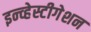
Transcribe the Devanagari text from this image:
इन्व्हेस्टीगेशन